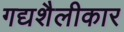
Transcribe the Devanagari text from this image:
गद्यशैलीकार